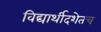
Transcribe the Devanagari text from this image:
विद्यार्थीदशेतच